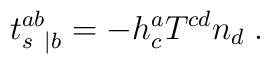
t^{ab}_{s \; \: |b} = - h^a_c T^{cd} n_d \; .